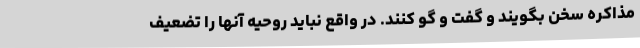
مذاکره سخن بگویند و گفت و گو کنند. در واقع نباید روحیه آنها را تضعیف